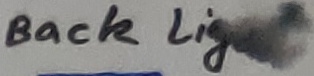
Text: Back Light